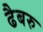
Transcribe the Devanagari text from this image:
ढैबरु